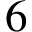
6